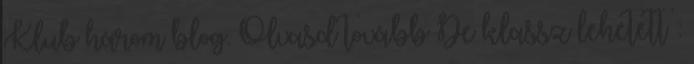
Klub három blog. Olvasd tovább De klassz lehetett :